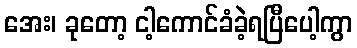
အေး၊ ခုတော့ ငါ့ကောင်ခံခဲ့ရပြီပေါ့ကွာ